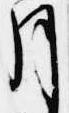
月